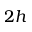
2 h